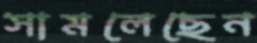
সামলেছেন